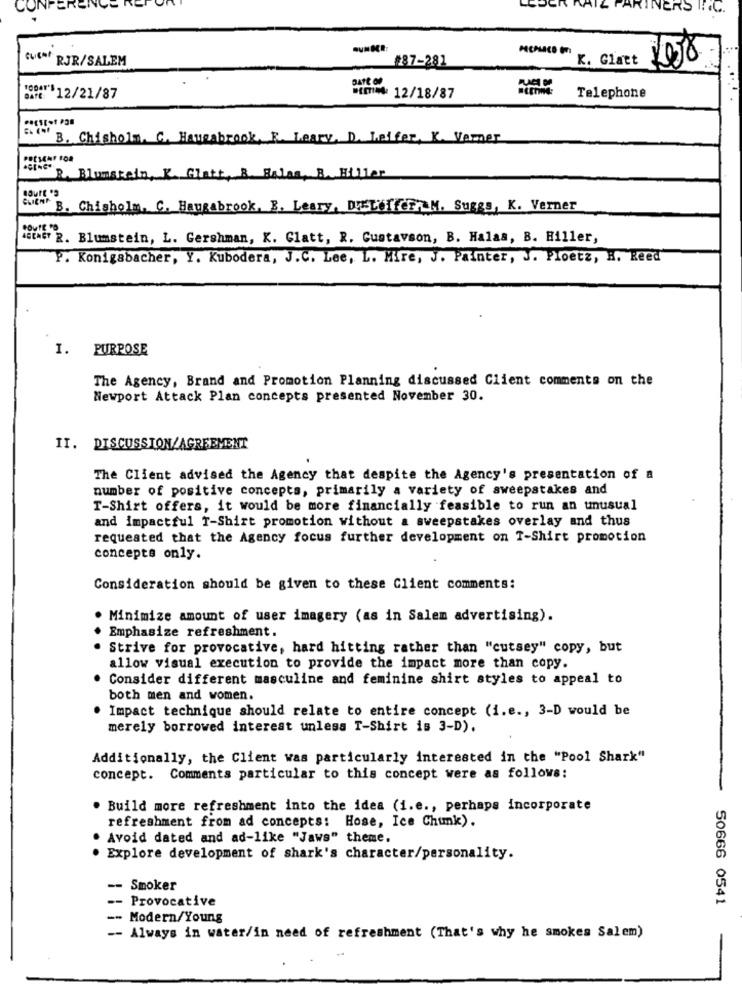
CON
PARTNERS
.C.
RJR/SALEM
K. Glatt
2008
#87-281
*00412/21/87
*mIN: 12/18/87
Telephone
B. Chisholm. G. Haugabra
Leary, D. Leifer, K. Varner
R. Blumstein, K. Gintt.
Balas, B. Hiller
B. Chisholm, C. Haugabrook, B. Leary, DIELeffCFA M. Suggs, K. Verner
AstaGT 2. Blumstein, L. Gershman, K. Glatt, R. Gustavson, B. Halaa, B. Hiller,
P. Konigabacher, Y. Kubodera, J.C. Lee, L. Mire, J. Painter, J. Ploetz, H. Reed
I. PURPOSE
The Agency, Brand and Promotion Planning discussed Client comments on the
Newport Attack Plan concepts presented November 30.
II. DISCUSSION/AGREEMENT
The Client advised the Agency that despite the Agency's presentation of a
number of positive concepts, primarily a variety of sweepstakes and
T-Shirt offers, it would be more financially feasible to run an unusual
and impactful T-Shirt promotion without a sweepstakes overlay and thus
requested that the Agency focus further development on T-Shirt promotion
concepts only.
Consideration should be given to these Client comments:
Minimize amount of user imagery (as in Salem advertising).
Emphasize refreshment.
Strive for provocative, hard hitting rather than "cutsey" copy, but
allow visual execution to provide the impact more than copy.
Consider different masculine and feminine shirt styles to appeal to
both men and women.
Impact technique should relate to entire concept (i.e ., 3-D would be
merely borrowed interest unless T-Shirt is 3-D).
Additionally, the Client was particularly interested in the "Pool Shark"
concept. Comments particular to this concept were as follows:
. Build more refreshment into the idea (i.e ., perhaps incorporate
refreshment from ad concepts: Hose, Ice Chumk).
Avoid dated and ad-like "Jaws" theme.
. Explore development of shark's character/personality.
-- Smoker
-- Provocative
50666 0541
-
Modern/Young
-- Always in water/in need of refreshment (That's why he smokes Salem)